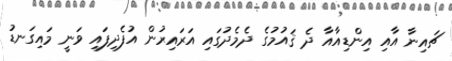
ޗައިނާ އާއި އިންޑިއާއާ ދެ ޤައުމުގެ ދެމެދުގައި އަރައިރުން އުފެދިފައި ވަނީ މައިގަނޑު